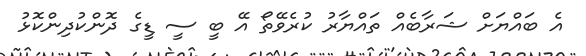
އެ ބައްޔަށް ޝަރާބެއް ތައްޔާރު ކުރެވޭތޯ އޭ ބީ ސީ ޑީގެ ދޮންކުދިންކޮޅު